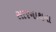
સારનાથના